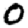
Digit: 0